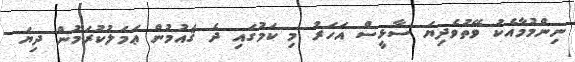
ނިންމުމާއެކު ވޭތުވެދިޔަ ސާޅީސް އަހަރު މި ކަމުގައި ދެ ޤައުމުން ޢަމަލުކުރަމުން ދިޔަ